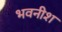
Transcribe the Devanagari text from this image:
भवनीश